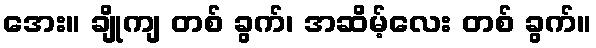
အေး။ ချိုကျ တစ် ခွက်၊ အဆိမ့်လေး တစ် ခွက်။